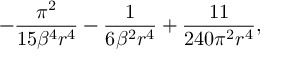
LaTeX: - \frac { \pi ^ { 2 } } { 1 5 \beta ^ { 4 } r ^ { 4 } } - \frac { 1 } { 6 \beta ^ { 2 } r ^ { 4 } } + \frac { 1 1 } { 2 4 0 \pi ^ { 2 } r ^ { 4 } } ,